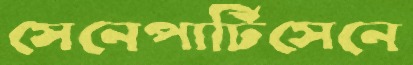
সেনেপার্টিসেনে